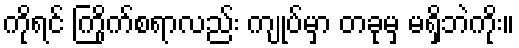
ကိုရင် ကြိုက်စရာလည်း ကျုပ်မှာ တခုမှ မရှိဘဲကိုး။